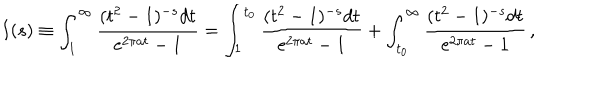
I ( s ) \equiv \int _ { 1 } ^ { \infty } { \frac { ( t ^ { 2 } - 1 ) ^ { - s } d t } { \mathrm { e } ^ { 2 \pi a t } - 1 } } = \int _ { 1 } ^ { t _ { 0 } } { \frac { ( t ^ { 2 } - 1 ) ^ { - s } d t } { \mathrm { e } ^ { 2 \pi a t } - 1 } } + \int _ { t _ { 0 } } ^ { \infty } { \frac { ( t ^ { 2 } - 1 ) ^ { - s } d t } { \mathrm { e } ^ { 2 \pi a t } - 1 } } \, ,